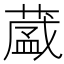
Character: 𮐺